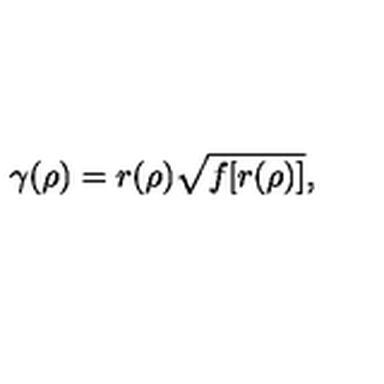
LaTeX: \gamma ( \rho ) = r ( \rho ) \sqrt { f [ r ( \rho ) ] } ,